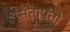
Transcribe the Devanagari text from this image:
संतापतो